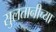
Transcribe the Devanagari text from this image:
सुलतानीच्या